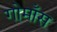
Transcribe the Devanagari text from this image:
गोमाँस